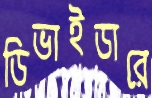
ডিভাইডারে